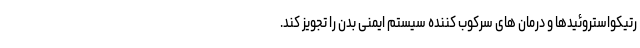
رتیکواستروئیدها و درمان های سرکوب کننده سیستم ایمنی بدن را تجویز کند.